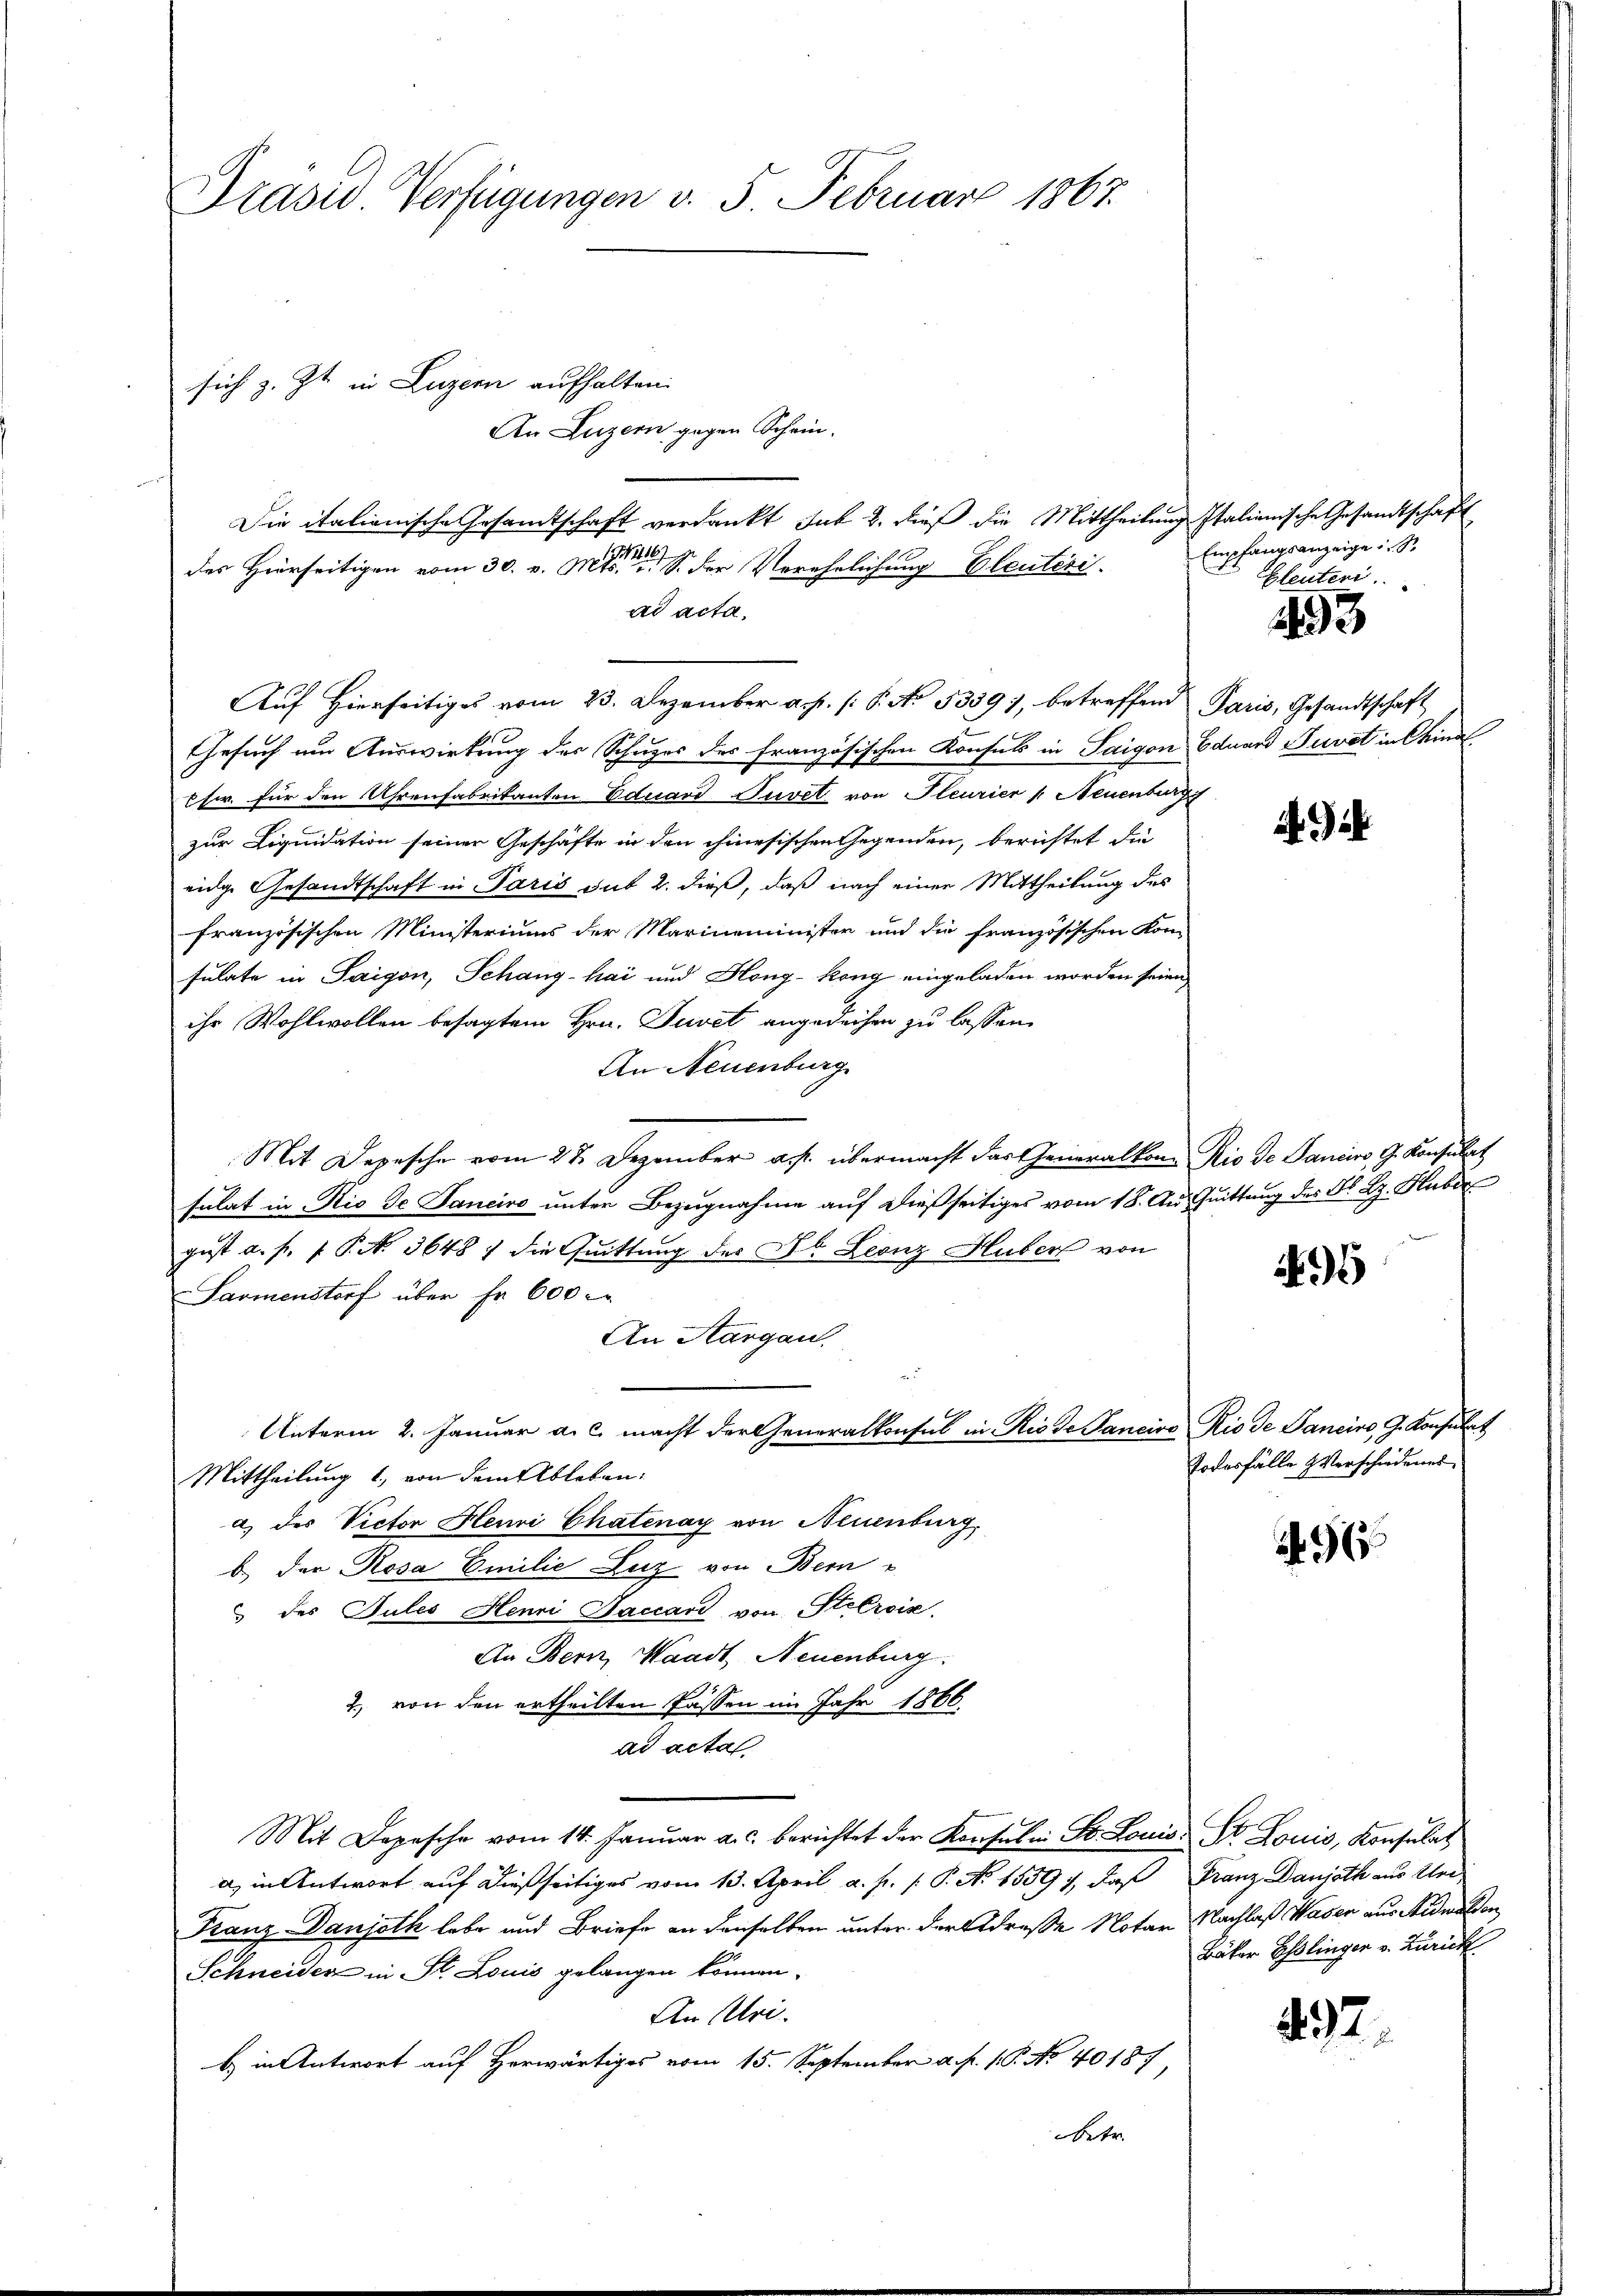
Präsid. Verfügungen v. 5. Februar 1867.

Die italienische Gesandtschaft verdankt sub 2. dieß die Mittheilung Italienische Gesandtschaft
Auf Hierseitiges vom 23. Dezember a. p. /: P. No. 5339), betreffend Paris, Gesandtschaft
Gesuch um Auswirkung des Schuzes des französischen Konsuls in Saigon Eduard Puvet in Chinal
Chr. für den Uhrenfabrikanten Eduard Juvet von Steurier /: Neuenburg
zur Liquidation seiner Geschäfte in den chinesischen Gegenden, berichtet die
eidge Gesandtschaft in Paris sub 2. dieß, daß nach einer Mittheilung des
französischen Ministeriums der Marineminister und die französischen Kon-
sulate in Saigon, Schang-hai und Höng-kong eingeladen worden seien,
ihr Wohlwollen besagtem Hrn. Tuvet angedeihen zu lassen.
An Neuenburg
Mit Depesche vom 23. Dezember a. p. übermacht das Generalkon Rio de Sancirs, G. Konsulat
sulat in Rio de Janeiro unter Bezugnahme auf dießseitiges vom 18. Au Quittung des N. Bz. Huber
gust a. f. 1 Pkt. 3648 : die Quittung des Dr. Leonz Huber von
Sarmenstorf über Fr. 600
An Aargau.
Unterm 2. Januar a. c. macht der Generalkonsul in Riede Pancivo Rio de Janeiro J. Konsulat
Mittheilung 1., von dem Ableben:
a) des Victor Henri Chatenay von Neuenburg,
b.) Der Rosa Emilie Luz von Bern
 des Jules Henni Saccar von Stelrois
An Bern, Waadt, Neuenburg.
2., von den ertheilten Passen im Jahr 1866.
ad acta
Mit Depesche vom 14. Janŭar a.c. berichtet der Konsulen St. Louis St. Louis, Konsulat
a) in Antwort auf dießseitiges vom 13. April a. f. (: P. No 1559), daß Franz Danjath aus Uni¬
Franz Danjeth lebe und Briefe an denselben unter der Adresse Notar Nachlaß Wasen aus Nidwalden
Schneiden in St. Louis gelangen können.
An Uri.
b) in Antwort auf Horwärtiges vom 15. September a. p. 1 P. No 40187
betr.

sich z. Zt. in Luzern aufhalten.
An Luzern gegen Schein.
194416/
des Hierseitigen vom 30. v. Mts. v. S. der Verehelichung Eleuteri.
ad acta.

Empfangsanzeige S
Eleuteri

493

24

9

Todesfälle & Verschiedenes

965

Bäker Esslinger v. Zurick

492.